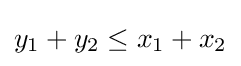
y_{1}+y_{2}\leq x_{1}+x_{2}